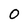
Character: O